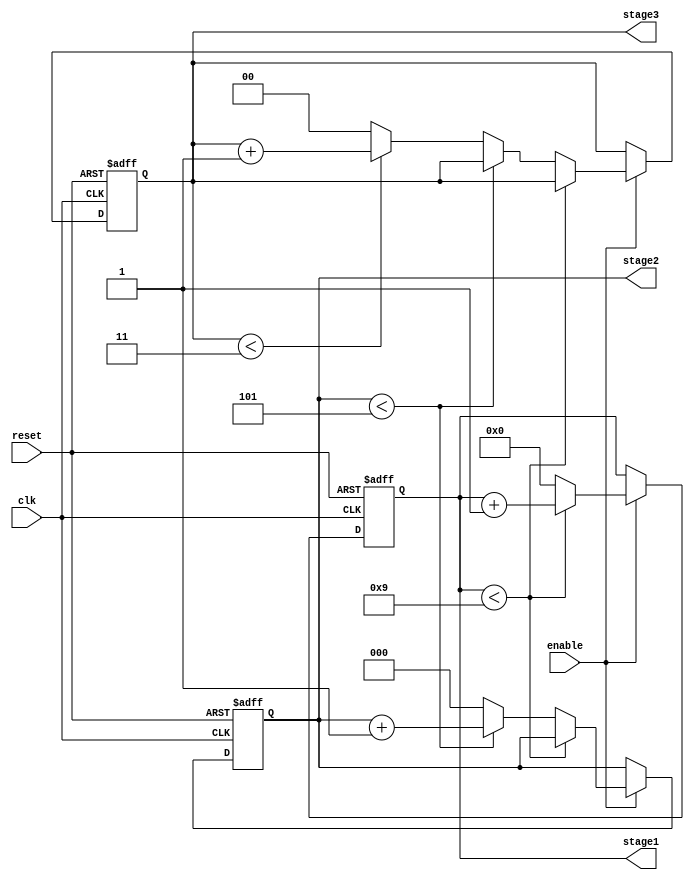
module mixed_radix_counter (
    input wire clk,          // Clock input
    input wire reset,        // Asynchronous reset
    input wire enable,       // Enable signal
    output reg [3:0] stage1, // Stage 1 (Radix 10)
    output reg [2:0] stage2, // Stage 2 (Radix 6)
    output reg [1:0] stage3  // Stage 3 (Radix 4)
);

// Radix definitions
localparam RADIX1 = 10; // Stage 1 radix
localparam RADIX2 = 6;  // Stage 2 radix
localparam RADIX3 = 4;  // Stage 3 radix

// Always block for counter operation
always @(posedge clk or posedge reset) begin
    if (reset) begin
        // Reset all stages to zero
        stage1 <= 0;
        stage2 <= 0;
        stage3 <= 0;
    end else if (enable) begin
        // Increment stage 1
        if (stage1 < RADIX1 - 1) begin
            stage1 <= stage1 + 1;
        end else begin
            stage1 <= 0; // Reset stage 1
            // Increment stage 2
            if (stage2 < RADIX2 - 1) begin
                stage2 <= stage2 + 1;
            end else begin
                stage2 <= 0; // Reset stage 2
                // Increment stage 3
                if (stage3 < RADIX3 - 1) begin
                    stage3 <= stage3 + 1;
                end else begin
                    stage3 <= 0; // Reset stage 3
                end
            end
        end
    end
end

endmodule